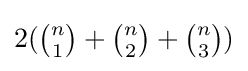
2({\tbinom {n}{1}}+{\tbinom {n}{2}}+{\tbinom {n}{3}})